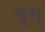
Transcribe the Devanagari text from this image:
सूस्